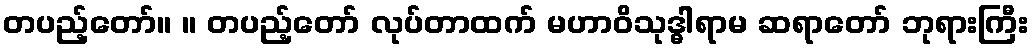
တပည့်တော်။ ။ တပည့်တော် လုပ်တာထက် မဟာဝိသုဒ္ဓါရာမ ဆရာတော် ဘုရားကြီး